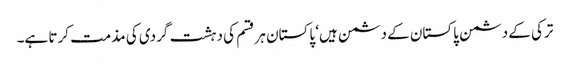
ترکی کے دشمن پاکستان کے دشمن ہیں‘ پاکستان ہر قسم کی دہشت گردی کی مذمت کرتا ہے۔